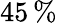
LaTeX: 45\, \%